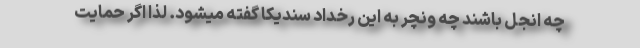
چه انجل باشند چه ونچر به این رخداد سندیکا گفته میشود. لذا اگر حمایت